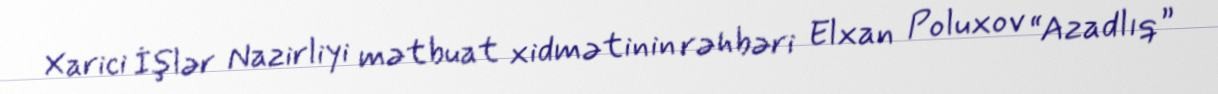
Xarici İşlər Nazirliyi mətbuat xidmətinin rəhbəri Elxan Poluxov “Azadlıq”